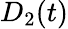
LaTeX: D_{2}(t)